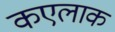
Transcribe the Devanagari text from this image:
कएलाक